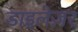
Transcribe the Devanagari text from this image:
डाइलेज़र